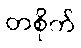
တစိုက်